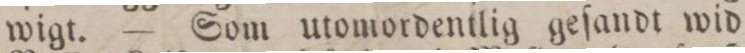
wigt. — Som utomordentlig geſandt wid